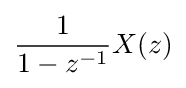
{\frac {1}{1-z^{-1}}}X(z)